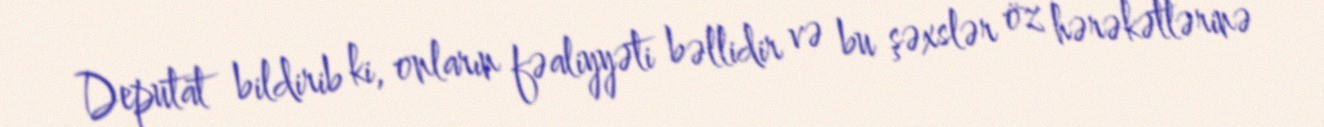
Deputat bildirib ki, onların fəaliyyəti bəllidir və bu şəxslər öz hərəkətlərinə